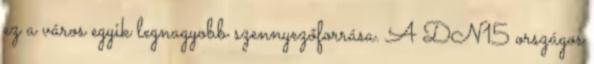
ez a város egyik legnagyobb szennyezőforrása. A DN15 országos